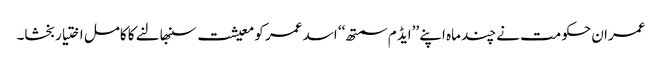
عمران حکومت نے چند ماہ اپنے ’’ایڈ م سمتھ‘‘ اسد عمر کو معیشت سنبھالنے کا کامل اختیار بخشا۔